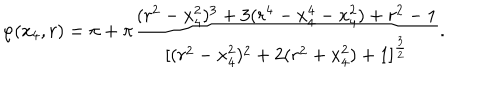
\varphi ( x _ { 4 } , r ) = \pi + \pi { \frac { ( r ^ { 2 } - x _ { 4 } ^ { 2 } ) ^ { 3 } + 3 ( r ^ { 4 } - x _ { 4 } ^ { 4 } - x _ { 4 } ^ { 2 } ) + r ^ { 2 } - 1 } { [ ( r ^ { 2 } - x _ { 4 } ^ { 2 } ) ^ { 2 } + 2 ( r ^ { 2 } + x _ { 4 } ^ { 2 } ) + 1 ] ^ { \frac { 3 } { 2 } } } } .